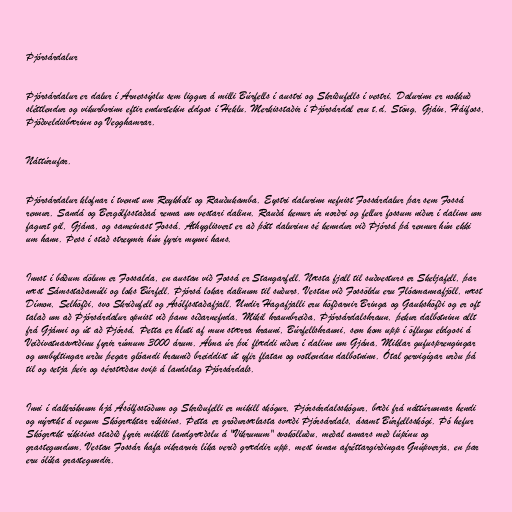
Þjórsárdalur

Þjórsárdalur er dalur í Árnessýslu sem liggur á milli Búrfells í austri og Skriðufells í vestri. Dalurinn er nokkuð
sléttlendur og vikurborinn eftir endurtekin eldgos í Heklu. Merkisstaðir í Þjórsárdal eru t.d. Stöng, Gjáin, Háifoss,
Þjóðveldisbærinn og Vegghamrar.

Náttúrufar.

Þjórsárdalur klofnar í tvennt um Reykholt og Rauðukamba. Eystri dalurinn nefnist Fossárdalur þar sem Fossá
rennur. Sandá og Bergólfsstaðaá renna um vestari dalinn. Rauðá kemur úr norðri og fellur fossum niður í dalinn um
fagurt gil, Gjána, og sameinast Fossá. Athyglisvert er að þótt dalurinn sé kenndur við Þjórsá þá rennur hún ekki
um hann. Þess í stað streymir hún fyrir mynni hans.

Innst í báðum dölum er Fossalda, en austan við Fossá er Stangarfell. Næsta fjall til suðvesturs er Skeljafell, þar
næst Sámsstaðamúli og loks Búrfell. Þjórsá lokar dalinum til suðurs. Vestan við Fossöldu eru Flóamannafjöll, næst
Dímon, Selhöfði, svo Skriðufell og Ásólfsstaðafjall. Undir Hagafjalli eru höfðarnir Bringa og Gaukshöfði og er oft
talað um að Þjórsárdalur opnist við þann síðarnefnda. Mikil hraunbreiða, Þjórsárdalshraun, þekur dalbotninn allt
frá Gjánni og út að Þjórsá. Þetta er hluti af mun stærra hrauni, Búrfellshrauni, sem kom upp í öflugu eldgosi á
Veiðivatnasvæðinu fyrir rúmum 3000 árum. Álma úr því flæddi niður í dalinn um Gjána. Miklar gufusprengingar
og umbyltingar urðu þegar glóandi hraunið breiddist út yfir flatan og votlendan dalbotninn. Ótal gervigígar urðu þá
til og setja þeir og sérstæðan svip á landslag Þjórsárdals.

Inni í dalkróknum hjá Ásólfsstöðum og Skriðufelli er mikill skógur, Þjórsárdalsskógur, bæði frá náttúrunnar hendi
og nýrækt á vegum Skógræktar ríkisins. Þetta er gróðursælasta svæði Þjórsárdals, ásamt Búrfellsskógi. Þó hefur
Skógrækt ríkisins staðið fyrir mikilli landgræðslu á "Vikrunum" svokölluðu, meðal annars með lúpínu og
grastegundum. Vestan Fossár hafa vikrarnir líka verið græddir upp, mest innan afréttargirðingar Gnúpverja, en þar
eru ólíka grastegundir.